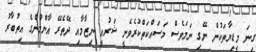
ގިނަ މީޑިޔާތަކުން ނޭގި ނަމަވެސް މަސައްކަތްކުރެވެނީ ޝަރުޢީ ނިޒާމާއި ދޭތެރޭ އާންމުންގެ އިތުބާރު